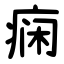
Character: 痫